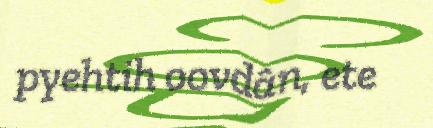
pyehtih oovdân, ete